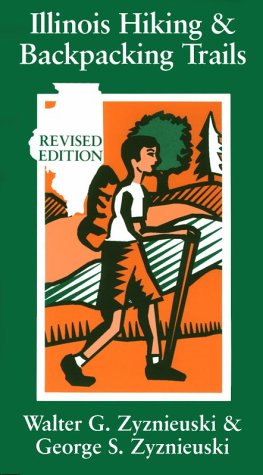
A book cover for Illinois Hiking and Backpacking Trails (Revised Edition); George S. Zyznieuski; Travel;